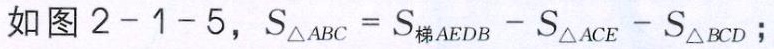
如图 \(2 - 1 - 5\)，\(S_{\triangle ABC}=S_{梯AEDB}-S_{\triangle ACE}-S_{\triangle BCD}\)；